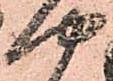
や